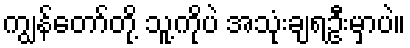
ကျွန်တော်တို့ သူ့ကိုပဲ အသုံးချရဦးမှာပဲ။